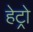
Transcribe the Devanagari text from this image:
हेट्रो